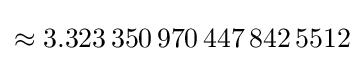
\approx 3.323\,350\,970\,447\,842\,5512